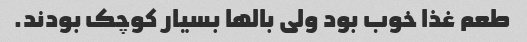
طعم غذا خوب بود ولی بالها بسیار کوچک بودند.